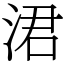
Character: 涒